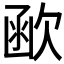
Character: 𣣖